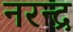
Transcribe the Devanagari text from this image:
नरन्द्र